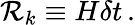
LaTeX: {\cal R}_{k}\equiv H\delta t\, .